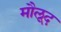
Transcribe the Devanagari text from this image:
मौलूद